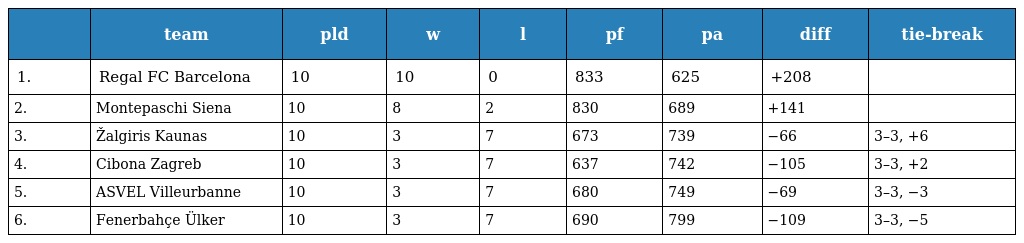
|  | team | pld | w | l | pf | pa | diff | tie-break |
 | --- | --- | --- | --- | --- | --- | --- | --- | --- |
 | 1. | Regal FC Barcelona | 10 | 10 | 0 | 833 | 625 | +208 |  |
 | 2. | Montepaschi Siena | 10 | 8 | 2 | 830 | 689 | +141 |  |
 | 3. | Žalgiris Kaunas | 10 | 3 | 7 | 673 | 739 | −66 | 3–3, +6 |
 | 4. | Cibona Zagreb | 10 | 3 | 7 | 637 | 742 | −105 | 3–3, +2 |
 | 5. | ASVEL Villeurbanne | 10 | 3 | 7 | 680 | 749 | −69 | 3–3, −3 |
 | 6. | Fenerbahçe Ülker | 10 | 3 | 7 | 690 | 799 | −109 | 3–3, −5 |